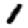
Digit: 1